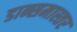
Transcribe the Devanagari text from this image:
डान्समास्तर